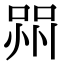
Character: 喌